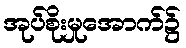
အုပ်စိုးမှုအောက်၌